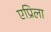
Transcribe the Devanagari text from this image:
एप्रिला